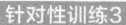
针对性训练3